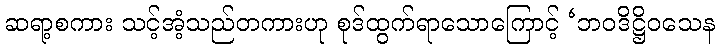
ဆရာ့စကား သင့်အံ့သည်တကားဟု စုဒ်ထွက်ရာသောကြောင့် ‘ဘဝဒိဋ္ဌိဝသေန